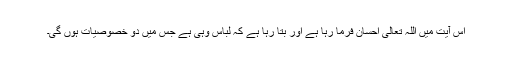
اس آیت میں اللہ تعالیٰ احسان فرما رہا ہے اور بتا رہا ہے کہ لباس وہی ہے جس میں دو خصوصیات ہوں گی۔